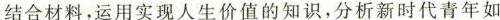
结合材料，运用实现人生价值的知识，分析新时代青年如